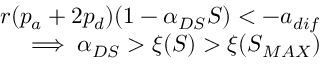
\begin{array} { r } { r ( p _ { a } + 2 p _ { d } ) ( 1 - \alpha _ { D S } S ) < - a _ { d i f } } \\ { \implies \alpha _ { D S } > \xi ( S ) > \xi ( S _ { M A X } ) } \end{array}